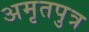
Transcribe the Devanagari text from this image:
अमृतपुत्र